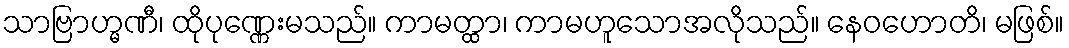
သာဗြာဟ္မဏီ၊ ထိုပုဏ္ဏေးမသည်။ ကာမတ္ထာ၊ ကာမဟူသောအလိုသည်။ နေဝဟောတိ၊ မဖြစ်။